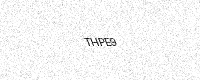
Text: THPE9